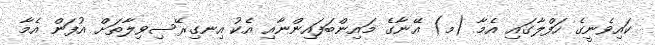
ކައިވެނީގެ ހަފްލާގައި އެމާ (މ) އޭނާގެ މައިންބަފައިންނާއި އެކު އިނގިރޭސިވިލާތަށް އުފަން އެމާ